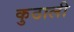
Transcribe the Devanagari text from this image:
कुठाली